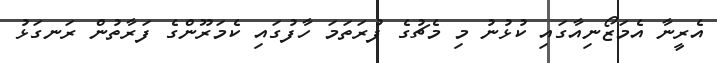
އެރީނާ އެމަޒޯނިއާގައި ކުޅުނު މި މެޗުގެ ފުރަތަމަ ހާފުގައި ކެމަރޫންގެ ފަރާތުން ރަނގަޅު